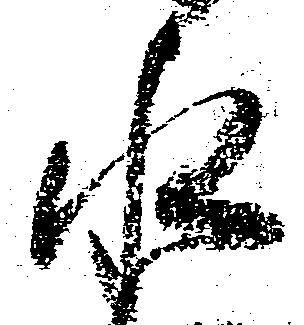
水